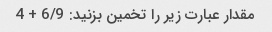
مقدار عبارت زیر را تخمین بزنید: 6/9 + 4